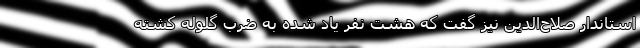
استاندار صلاح‌الدین نیز گفت که هشت نفر یاد شده به ضرب گلوله کشته